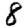
Digit: 8